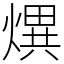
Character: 熼